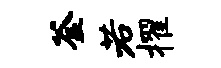
釜若擢